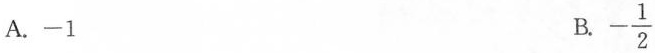
A. -1 B. - \frac{1}{2}